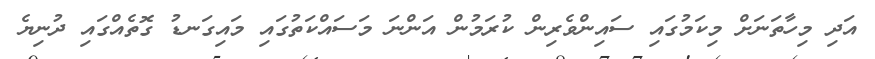
އަދި މިހާތަނަށް މިކަމުގައި ސައިންވެރިން ކުރަމުން އަންނަ މަސައްކަތުގައި މައިގަނޑު ގޮތެއްގައި ދުނިޔެ